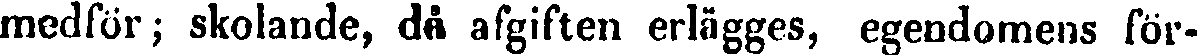
medför; skolande, då afgiften erlägges, egendomens för-